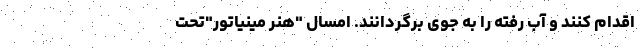
اقدام کنند و آب رفته را به جوی برگردانند. امسال "هنر مینیاتور"تحت